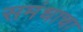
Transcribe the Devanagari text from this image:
समंधाचा